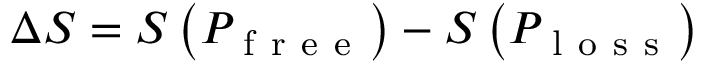
\Delta S = S \left( P _ { \mathrm { ~ f ~ r ~ e ~ e ~ } } \right) - S \left( P _ { \mathrm { ~ l ~ o ~ s ~ s ~ } } \right)